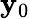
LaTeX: {\mathbf y}_{0}